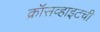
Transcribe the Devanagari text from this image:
क्रॉसव्हाइटची